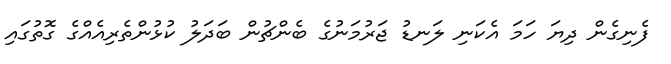
ފެނިގެން ދިޔަ ހަމަ އެކަނި ލަނޑު ޖަރުމަނުގެ ބެންޗުން ބަދަލު ކުޅުންތެރިއެއްގެ ގޮތުގައި